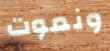
ونموت